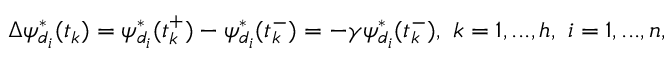
\Delta \psi _ { d _ { i } } ^ { * } ( t _ { k } ) = \psi _ { d _ { i } } ^ { * } ( t _ { k } ^ { + } ) - \psi _ { d _ { i } } ^ { * } ( t _ { k } ^ { - } ) = - \gamma \psi _ { d _ { i } } ^ { * } ( t _ { k } ^ { - } ) , \ k = 1 , . . . , h , \ i = 1 , . . . , n ,